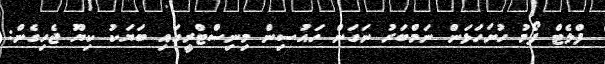
ފްލެޓް ފޯމު ހުށަހަޅަން ނަމްބަރު ނަގަން ހައުސިން މިނިސްޓްރީގައި ބަޔަކު ކިޔޫ ޖެހިގެން: